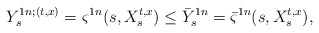
\begin{align*}Y_s^{1n;(t,x)}=\varsigma^{1n}(s, X_s^{t,x})\leq \bar Y_s^{1n}= \bar{\varsigma}^{1n}(s, X_s^{t,x}),\end{align*}